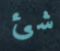
شئ